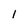
Character: 1